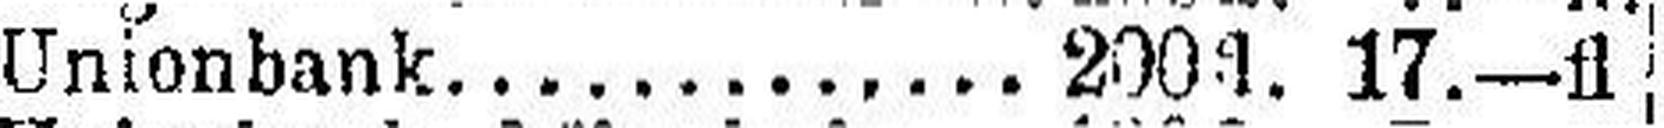
Unionbank.............. 200fl. 17.—fl.